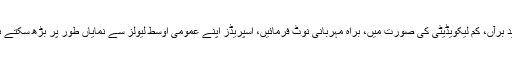
مزید برآں، کم لیکویڈیٹی کی صورت میں، براہ مہربانی نوٹ فرمائیں، اسپریڈز اپنے عمومی اوسط لیولز سے نمایاں طور پر بڑھ سکتے ہیں۔